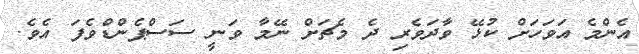
އެންމެ އަވަހަށް ކުޅޭ ވާދަވެރި ދެ މެޗަށް ނޭމާ ވަނީ ސަސްޕެންޑްވެފަ އެވެ.